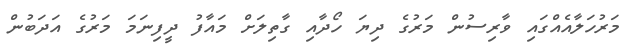
މަރުހަލާއެއްގައި ވާރިސުން މަރުގެ ދިޔަ ހޯދާއި ގާތިލަށް މައާފު ދީފިނަމަ މަރުގެ އަދަބުން